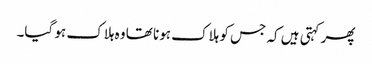
پھر کہتی ہیں کہ جس کو ہلاک ہونا تھا وہ ہلاک ہو گیا۔